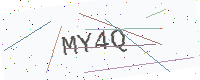
Text: MY4Q